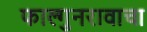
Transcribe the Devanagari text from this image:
फाल्गुनरावाचा